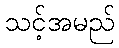
သင့်အမည်